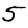
Digit: 5